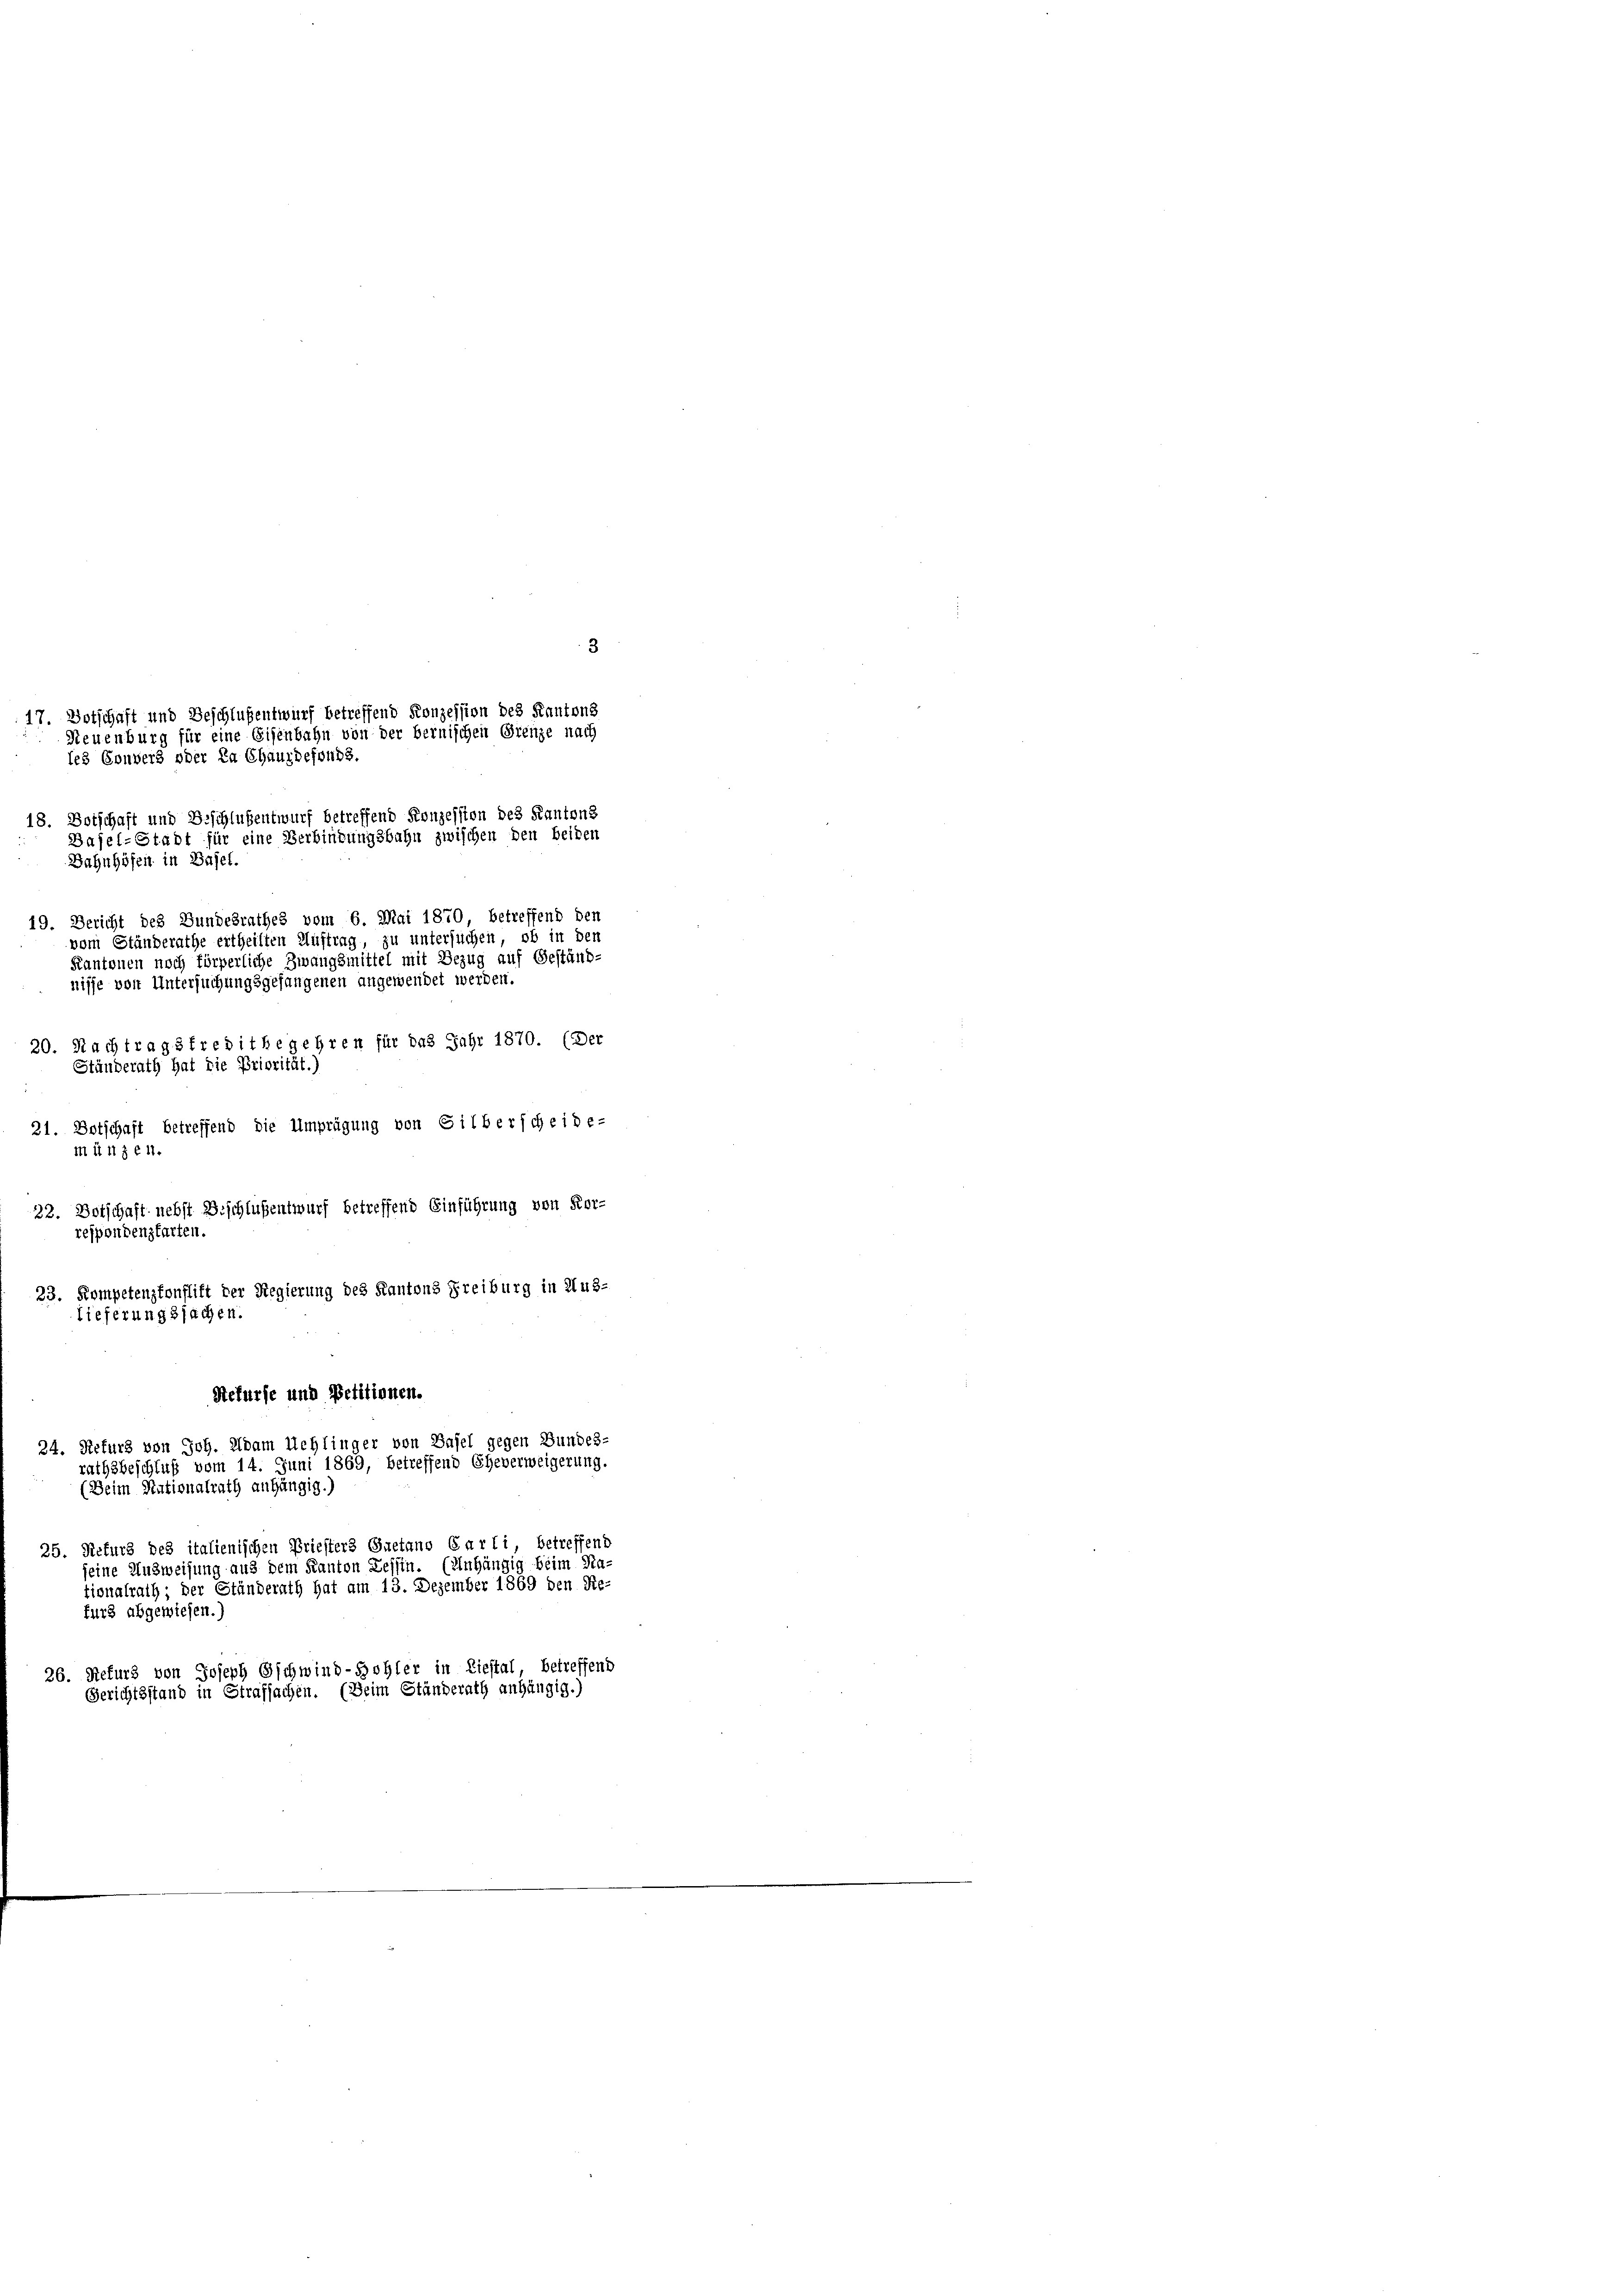
3
17. Botschaft und Beschlußentwurf betreffend Konzession des Kantons
Neuenburg für eine Eisenbahn von der bernischen Grenze nach
les Convers oder La Chauzdefonds

18. Botschaft und Beschlußentwurf betreffend Konzession des Kantons
Basel-Stadt für eine Verbindungsbahn zwischen den beiden
nisse von Untersuchungsgefangenen angewendet werden.
21. Botschaft betreffend die Umprägung von Silberscheide-
22. Dotschaft nebst Beschlußentwurf betreffend Einführung von Kor-
gfarten
23. Kompetenzkonflift der Regierung des Kantons Freiburg in Aus-
Lieferungssachen.
Rekurse und Petitionen.
24. Sefurg von Joh. Adam Schlinger von Basel gegen Bundes-
rathsbeschluß vom 14. Juni 1869, betreffend Eheverweigerung.
(Beim Nationalrath anhängig.)

Bahnhöfen in Basel.

20. Nachtragsfreditbegehren für das Jahr 1870. (Der

26. Refurs von Joseph Gschwind-Sohler in Liestal, betreffend
Gerichtsstand in Strafsachen. (Beim Ständerath anhängig.)

Ständerath hat die Priorität.)

19. Bericht des Bundesrathes vom 6. Mai 1870, betreffend den
vom Ständerathe ertheilten Auftrag, zu untersuchen, ob in den
Kantonen noch förperliche Zwangsmittel mit Bezug auf Geständ-

25. Rekurs des italienischen Briefters Gaetans Carli betreffend
seine Ausweisung aus dem Kanton Zessin. (Anhängig beim Na-
tionalrath; der Ständerath hat am 13. Dezember 1869 den Re-
furz abgewiesen.